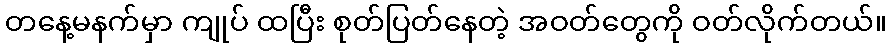
တနေ့မနက်မှာ ကျုပ် ထပြီး စုတ်ပြတ်နေတဲ့ အဝတ်တွေကို ဝတ်လိုက်တယ်။